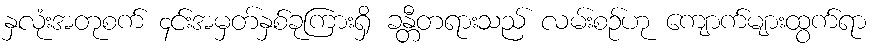
နှလုံးအတုစက် ၄င်းအမှတ်နှစ်ခုကြားရှိ ခန္တီတရားသည် လမ်းစဉ်ဟု ကျောက်များထွက်ရာ